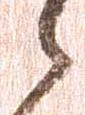
之